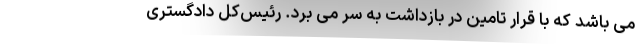
می باشد که با قرار تامین در بازداشت به سر می برد. رئیس‌کل دادگستری